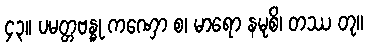
၄၃။ ပမတ္တဗန္ဓု ကဏှော စ၊ မာရော နမုစိ၊ တဿ တု။